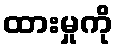
ထားမှုကို